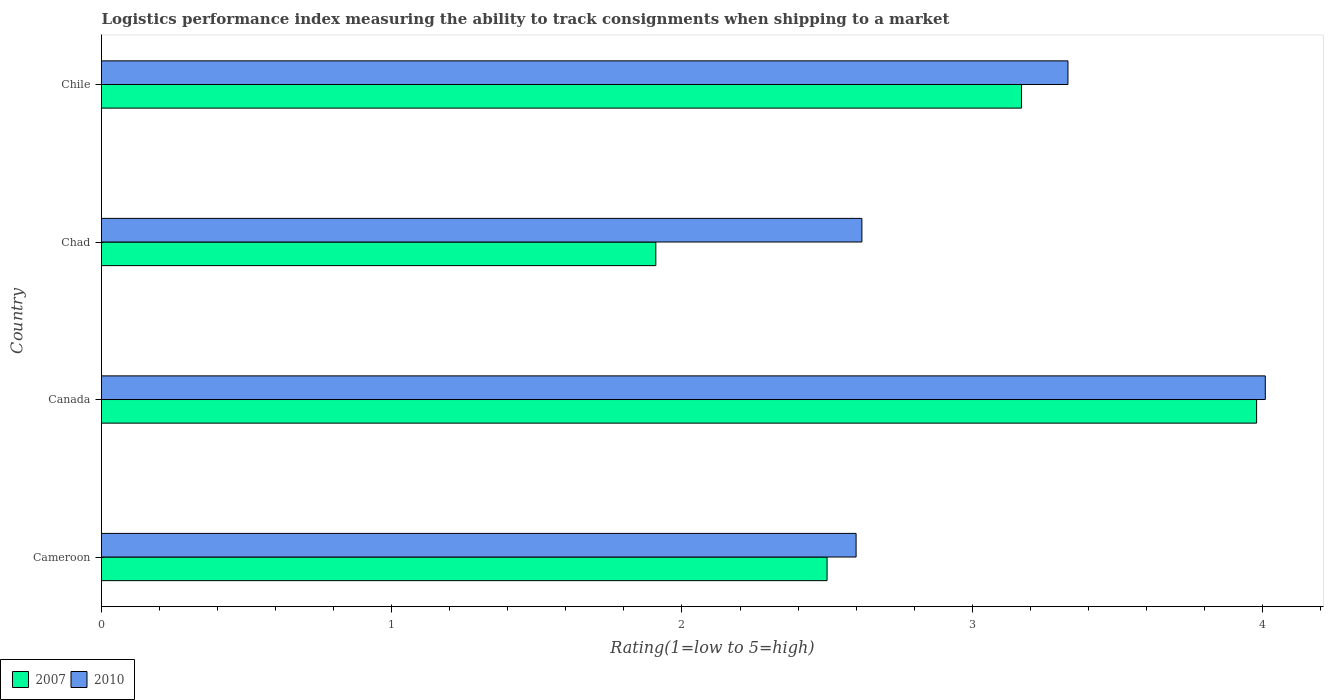
| Country | 2007 | 2010 |
 | --- | --- | --- |
 | Cameroon | 2.5 | 2.6 |
 | Canada | 3.98 | 4.01 |
 | Chad | 1.91 | 2.62 |
 | Chile | 3.17 | 3.33 |